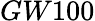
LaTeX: GW100